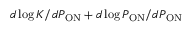
d \log { K } / d P _ { \mathrm { O N } } + d \log { P _ { \mathrm { O N } } } / d P _ { \mathrm { O N } }